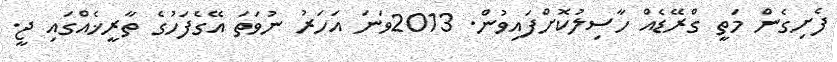
ފެށިގެން މަތީ ގްރޭޑެއް ހާސިލުކޮށްފައިވުން. 2013ވަނަ އަހަރު ނުވަތަ އޭގެފަހުގެ ތާރީޚެއްގައި ޖީ.